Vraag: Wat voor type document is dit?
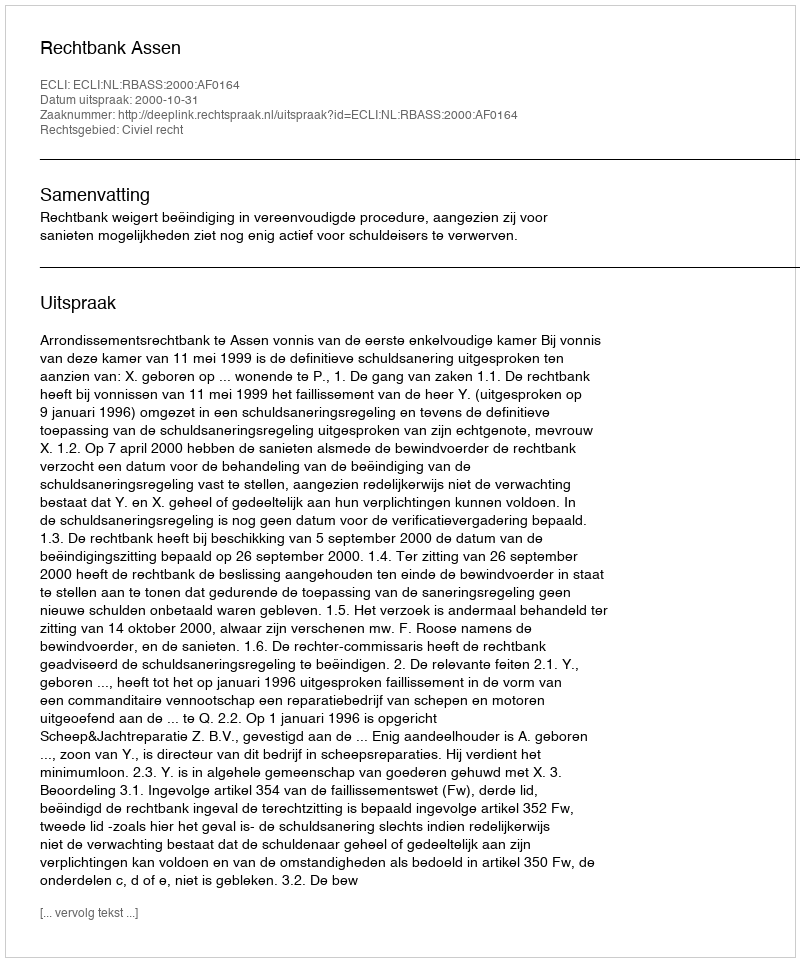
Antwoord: Uitspraak